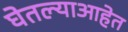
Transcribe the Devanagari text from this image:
घेतल्याआहेत